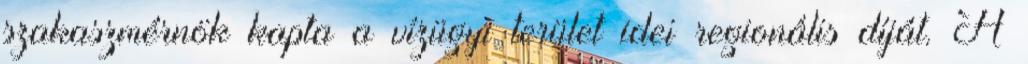
szakaszmérnök kapta a vízügyi terület idei regionális díját. A